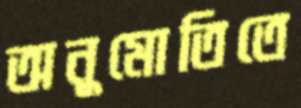
অনুমোতিতে